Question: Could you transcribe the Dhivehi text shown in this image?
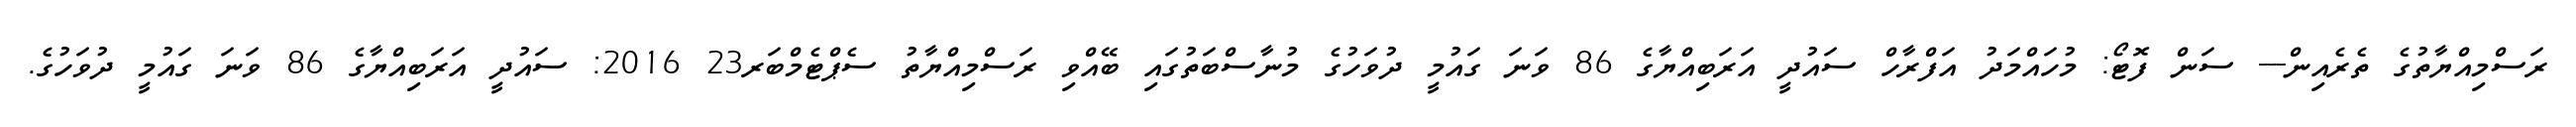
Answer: ރަސްމިއްޔާތުގެ ތެރެއިން--- ސަން ފޮޓޯ: މުހައްމަދު އަފްރާހް ސައުދީ އަރަބިއްޔާގެ 86 ވަނަ ގައުމީ ދުވަހުގެ މުނާސްބަތުގައި ބޭއްވި ރަސްމިއްޔާތު ސެޕްޓެމްބަރ23 2016: ސައުދީ އަރަބިއްޔާގެ 86 ވަނަ ގައުމީ ދުވަހުގެ.